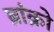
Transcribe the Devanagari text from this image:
ब्रांक्रो